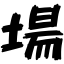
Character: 場